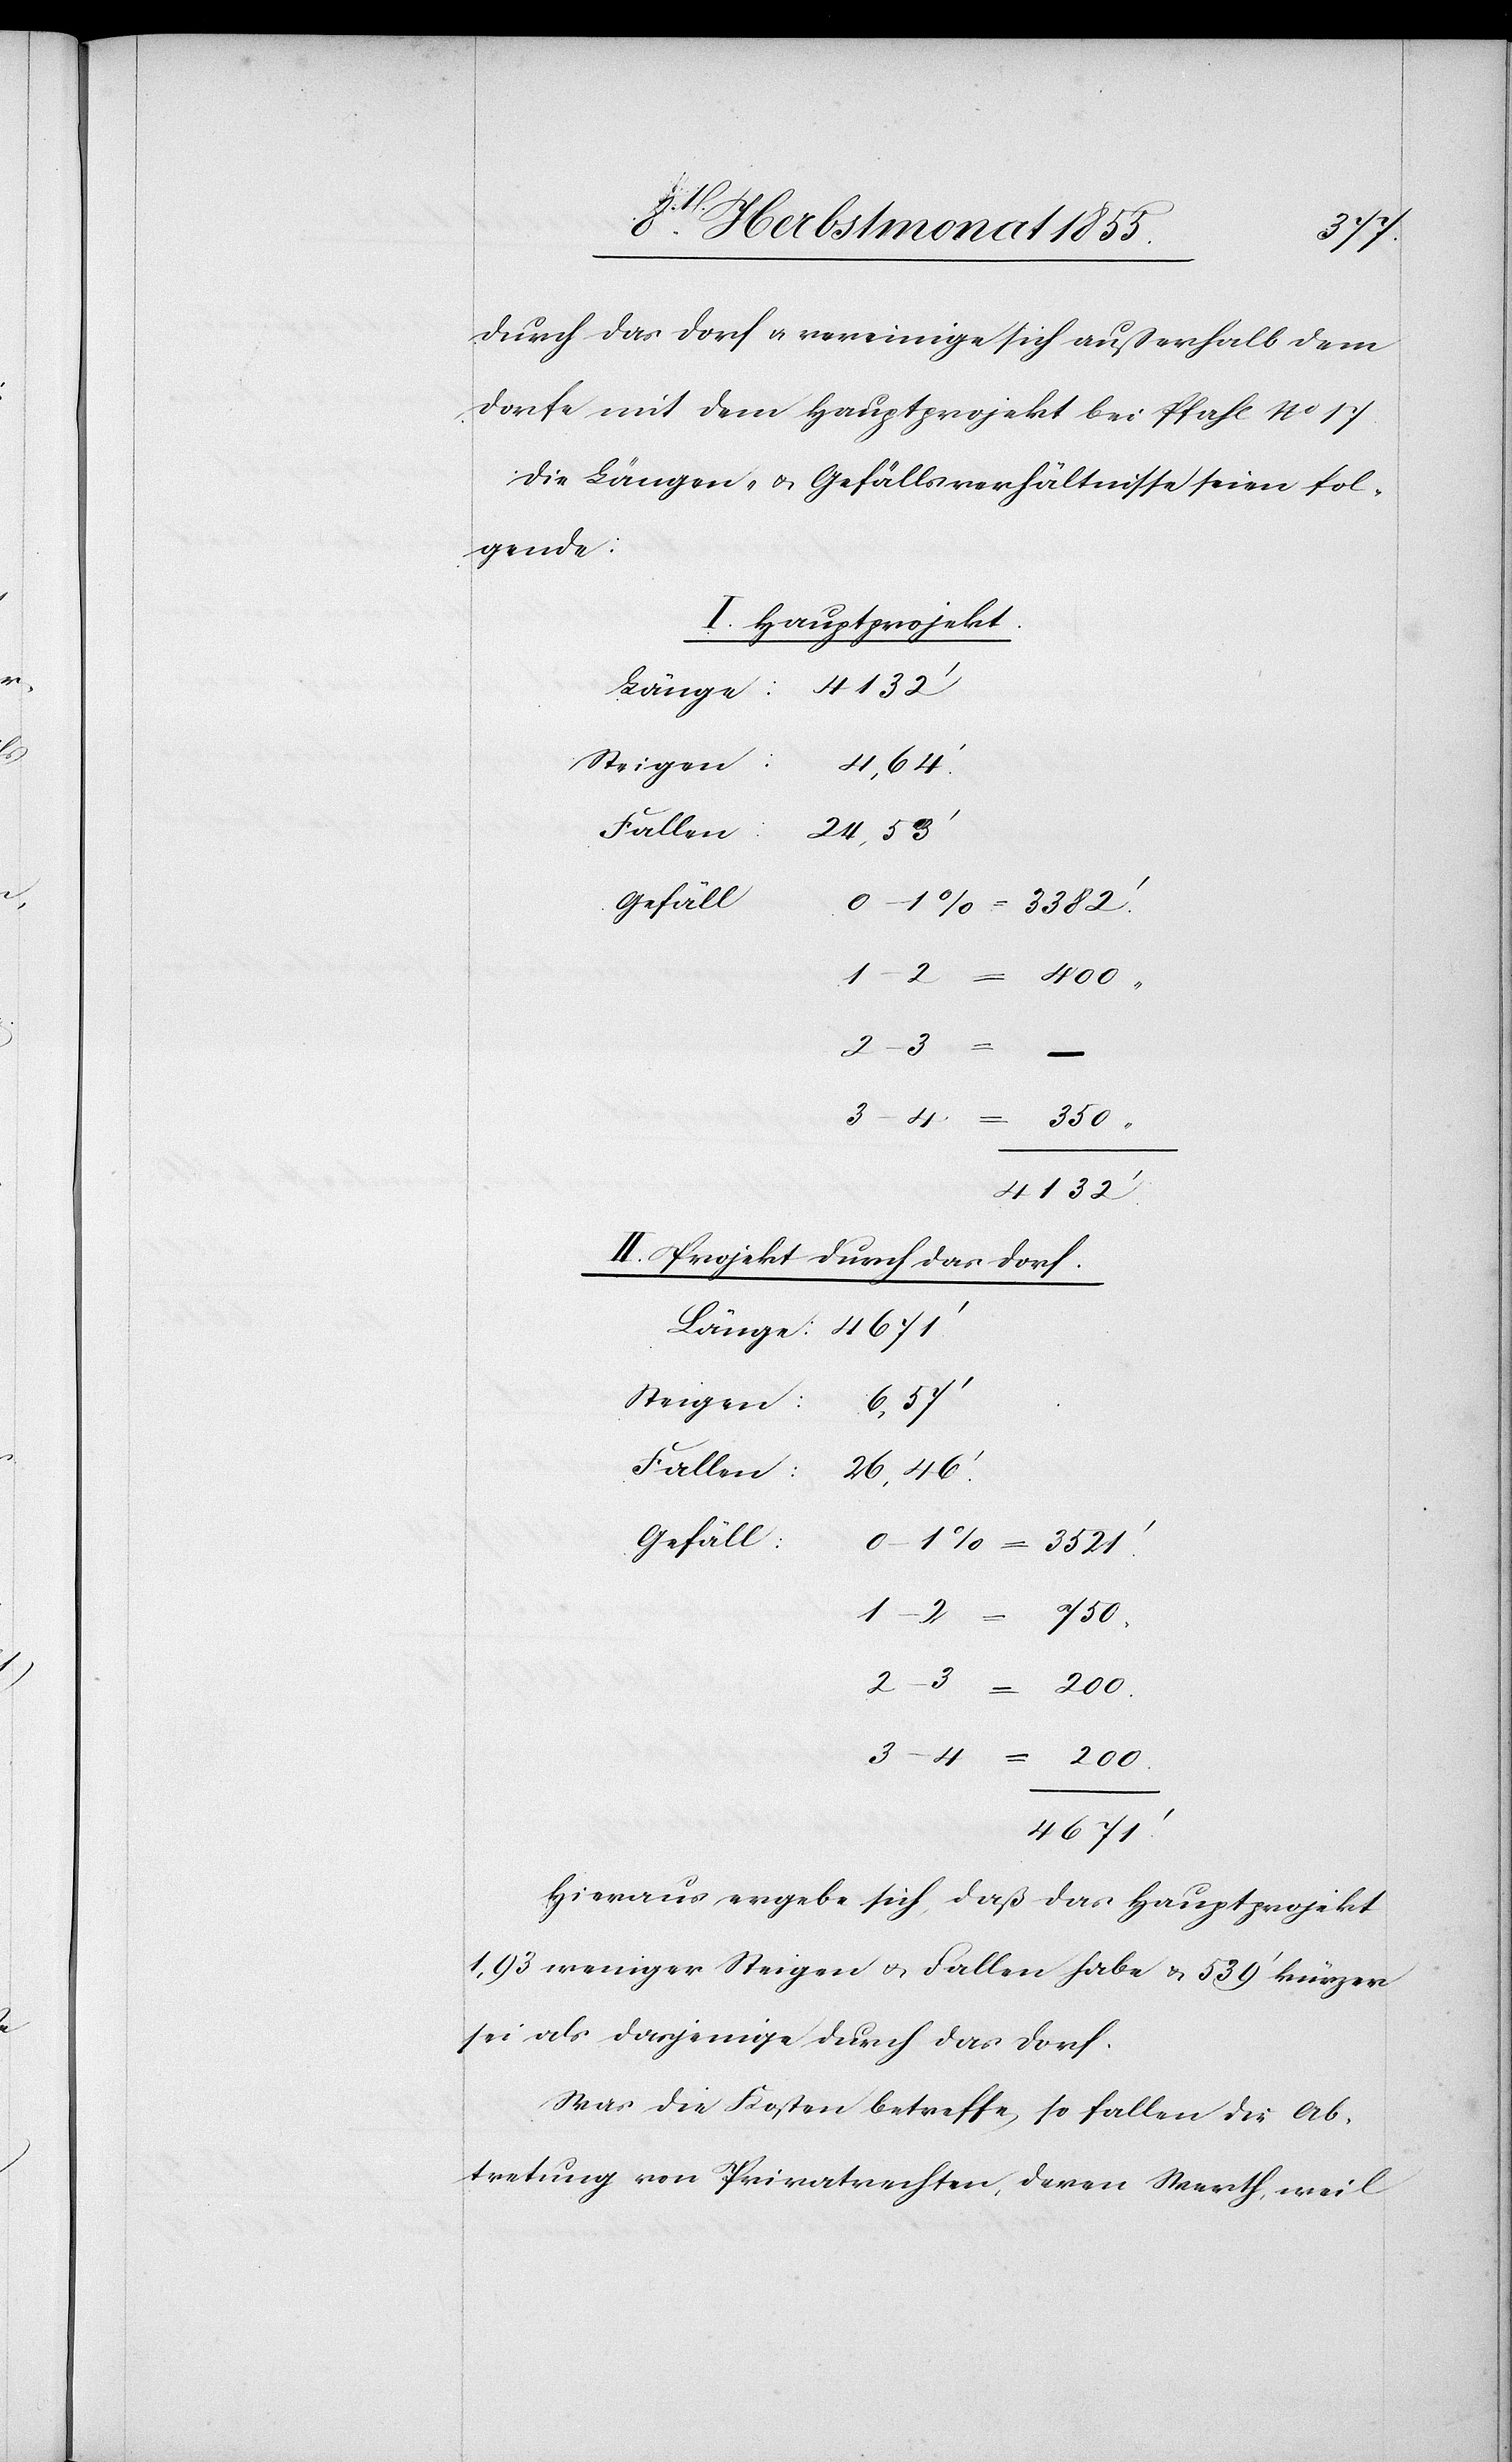
durch das Dorf & vereinige sich außerhalb dem
Dorfe mit dem Hauptprojekt bei Pfahl No 17.
Die Längen- & Gefällsverhältnisse seien fol¬
gende:
I. Hauptprojekt.
4132‘
Länge:
24,53‘
2–3
–
200.
4132‘
II. Projekt durch das Dorf.
6,57‘
Steigen:
Fallen:
26,46.‘
Gefäll:
4671‘
Hieraus ergebe sich, daß das Hauptprojekt
1,93 weniger Steigen & Fallen habe & 539‘ kürzer
sei als dasjenige durch das Dorf.
Was die Kosten betreffe, so fallen die Ab¬
tretung von Privatrechten, deren Werth, weil